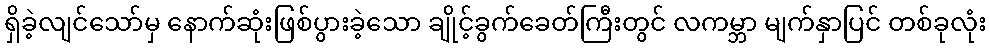
ရှိခဲ့လျင်သော်မှ နောက်ဆုံးဖြစ်ပွားခဲ့သော ချိုင့်ခွက်ခေတ်ကြီးတွင် လကမ္ဘာ မျက်နှာပြင် တစ်ခုလုံး